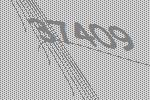
37409